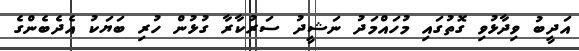
އަދީބު ވިދާޅުވި ގޮތުގައި މުހައްމަދު ނަޝީދު ސަރުކާރާ ގުޅުން ހުރި ބަޔަކު އެދެބެންގެ